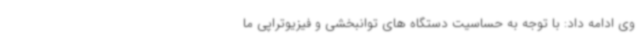
وی ادامه داد: با توجه به حساسیت دستگاه های توانبخشی و فیزیوتراپی ما